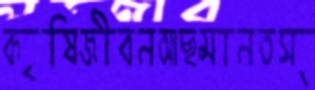
কৃষিজীবনআছমানতস্